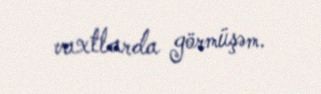
vaxtlarda görmüşəm.